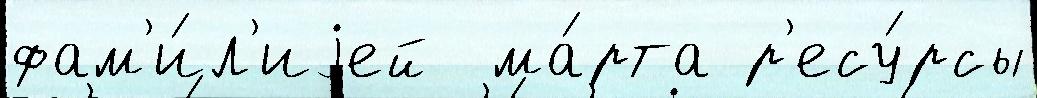
фам'и́л'иjей  ма́рта р'есу́рсы